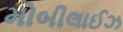
મોબીલાઈઝ